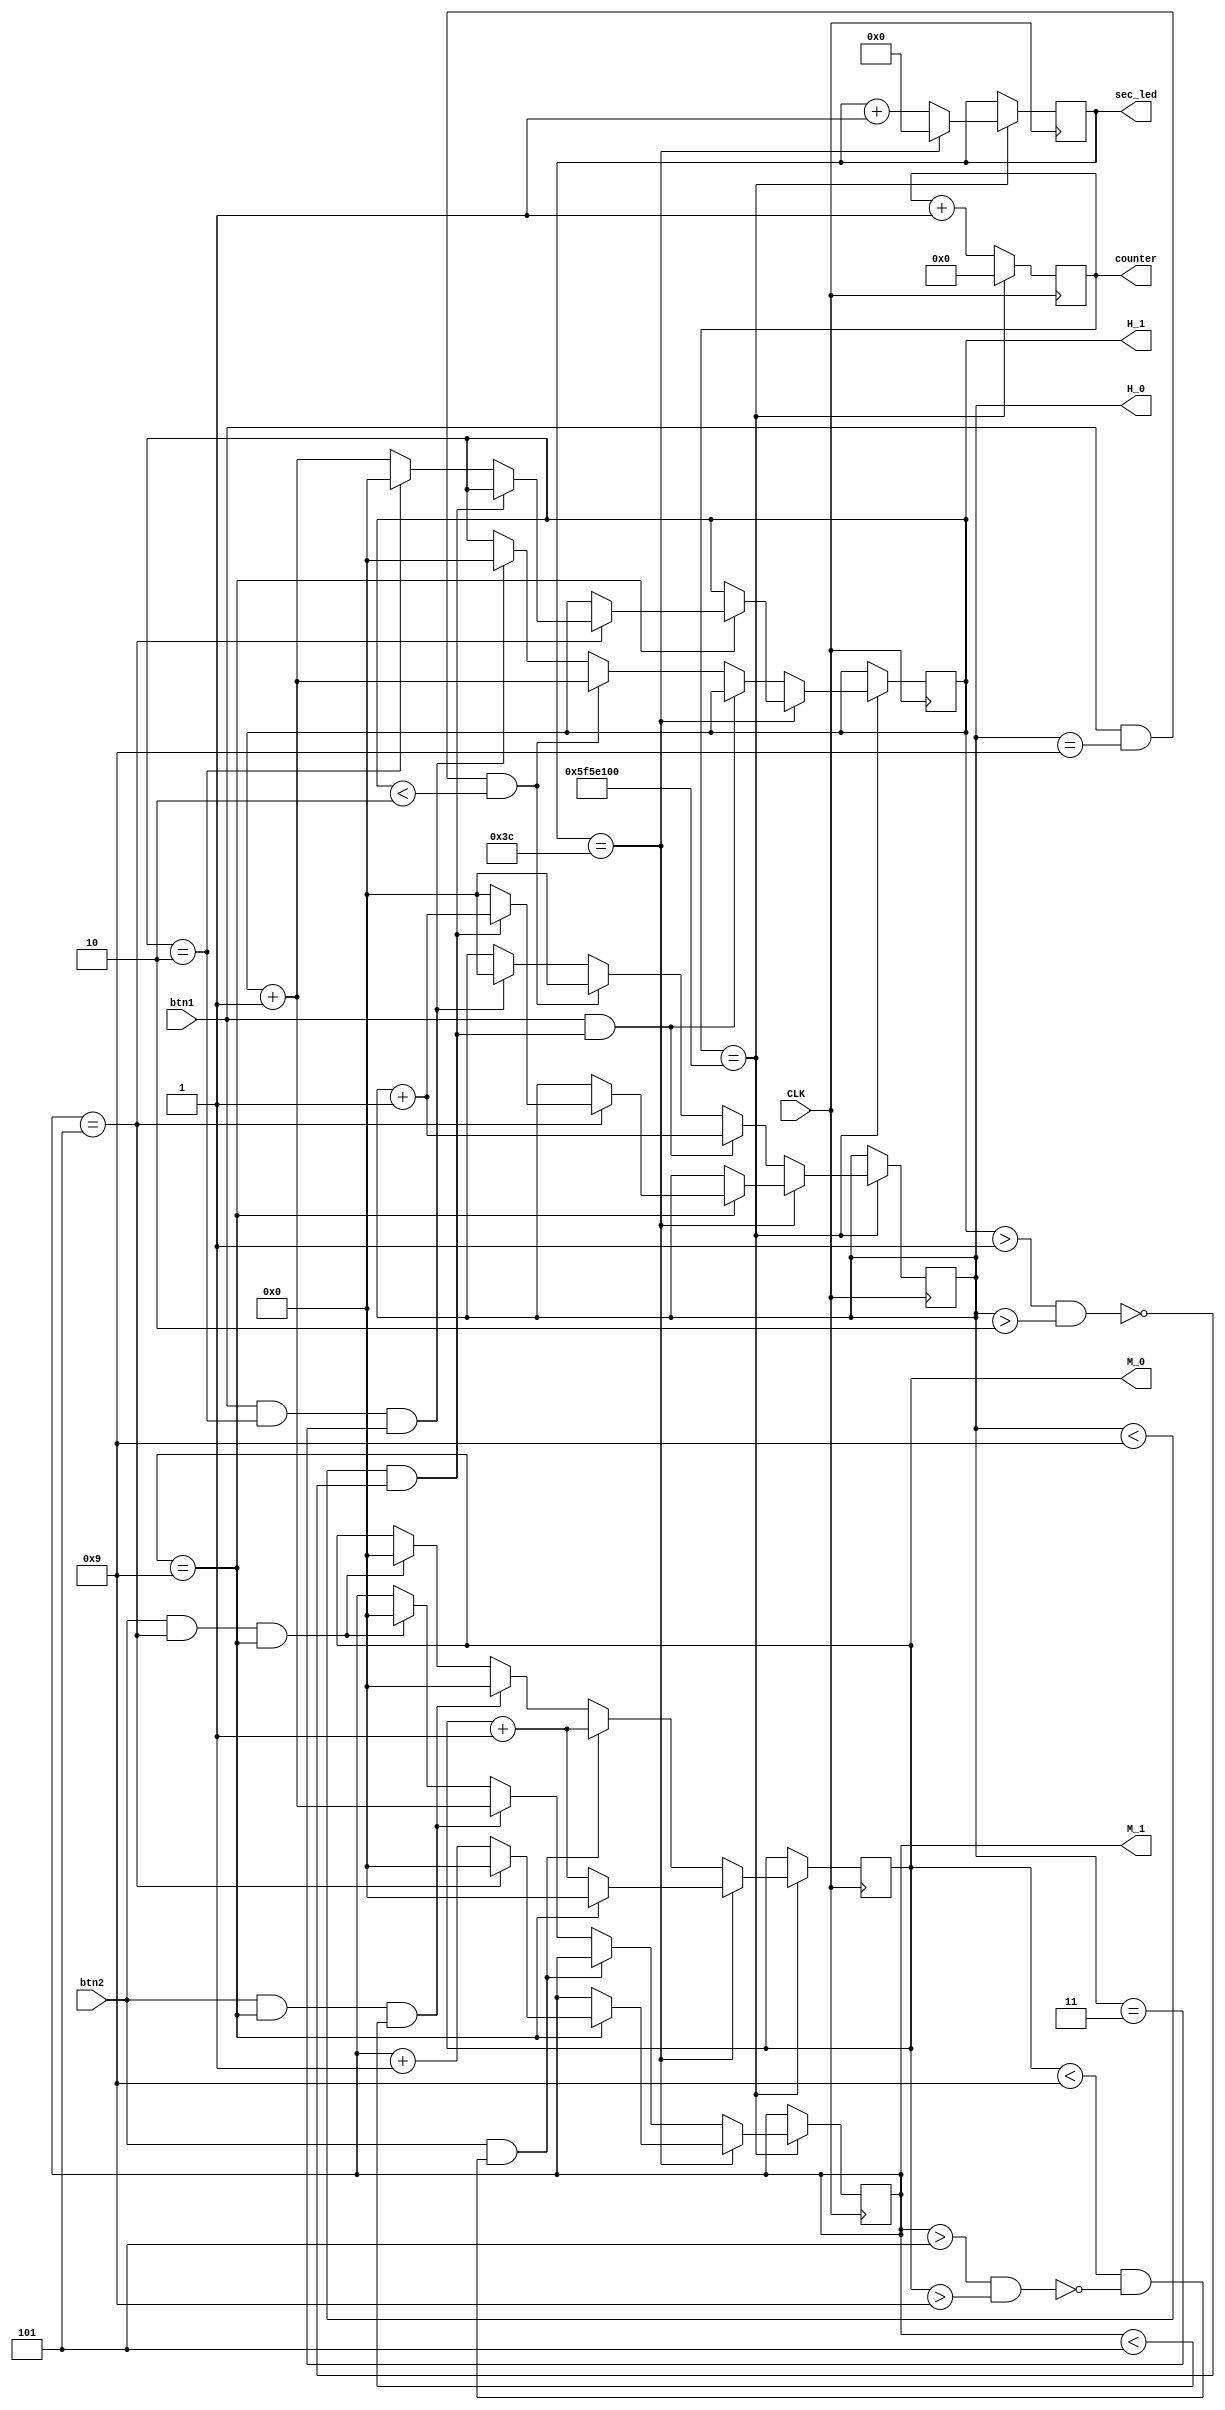
module clock_counter(input CLK,
            input btn1,
            input btn2,
            output reg [5:0] sec_led, //track seconds
            output reg [26:0] counter, 
            output reg [3:0] H_1, //12:35 - will be the first hour digit(1)
            output reg [3:0] H_0, //12:35 - will be the second hour digit(2)
            output reg [3:0] M_0, //12:35 - will be the first min digit(3)
            output reg [3:0] M_1); //12:35 - will be the second min digit(5)

    always @(posedge CLK) begin
        counter <= counter + 1;
        if(counter == 100_000_000) begin //check clock frequency for counting
            counter <= 0;
            if(sec_led == 60) begin //minute has passed
                sec_led <= 0;

                if(M_0 == 9) begin //check if second minute digit has hit cap
                    M_0 <= 0;
                    if(M_1 == 5) begin //check if there is a change in hour
                        M_1 <= 0;
                        if(H_0 < 9 && !(H_1 > 1 && H_0 > 2)) H_0 <= H_0 + 1; // change second hour digit 
                        else begin //set second hour digit to 0 and change first hour digit
                            H_0 <= 0;
                            if(H_1 == 2) H_1 <= 0;
                            else H_1 <= H_1 + 1;
                        end
                    end
                    else M_1 <= M_1 + 1; //add to minutes
                end
                else M_0 <= M_0 + 1; //add to minutes
            end

            else begin 
                sec_led <= sec_led + 1; //count second

                if(btn1 && (H_0 < 9 && !(H_1 > 1 && H_0 > 2))) H_0 <= H_0 + 1; //
                else if(btn1 && H_0 == 9 && H_1 < 2) begin
                    H_0 <= 0;
                    H_1 <= H_1 + 1;
                end
                else if(btn1 && H_1 == 2 && H_0 == 3) begin //24 hour clock
                    H_0 <= 0;
                    H_1 <= 0;
                end

                if(btn2 && (M_0 < 9 && !(M_1 > 5 && M_0 > 9))) M_0 <= M_0 + 1;
                else if(btn2 && M_0 == 9 && M_1 < 5) begin
                    M_0 <= 0;
                    M_1 <= H_1 + 1;
                end
                else if(btn2 && M_1 == 5 && M_0 == 9) begin //60 minutes
                    M_0 <= 0;
                    M_1 <= 0;
                end
            end 

        end 
    end

endmodule